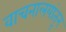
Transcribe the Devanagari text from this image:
वाचनालयांतून